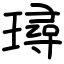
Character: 璕